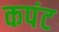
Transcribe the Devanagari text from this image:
कपंट